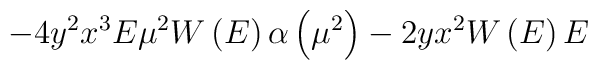
-4y^2x^3E\mu^2W\left( E\right)\alpha\left( \mu^2\right)-2yx^2W\left( E\right)E